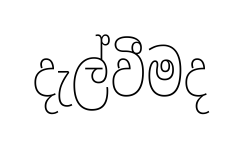
දැල්වීමද